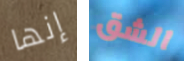
إنها الشق